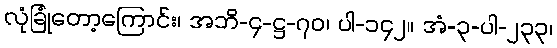
လုံခြုံတော့ကြောင်း၊ အဘိ-၄-ဋ္ဌ-၇၀၊ ပါ-၁၄၂။ အံ-၃-ပါ-၂၃၃၊